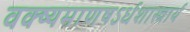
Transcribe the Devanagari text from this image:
वक्ष्यमाणषऽर्धशास्त्रार्थ